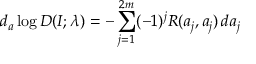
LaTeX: d _ { a } \log D ( I ; \lambda ) = - \sum _ { j = 1 } ^ { 2 m } ( - 1 ) ^ { j } R ( a _ { j } , a _ { j } ) \, d a _ { j }